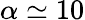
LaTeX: \alpha\simeq 10